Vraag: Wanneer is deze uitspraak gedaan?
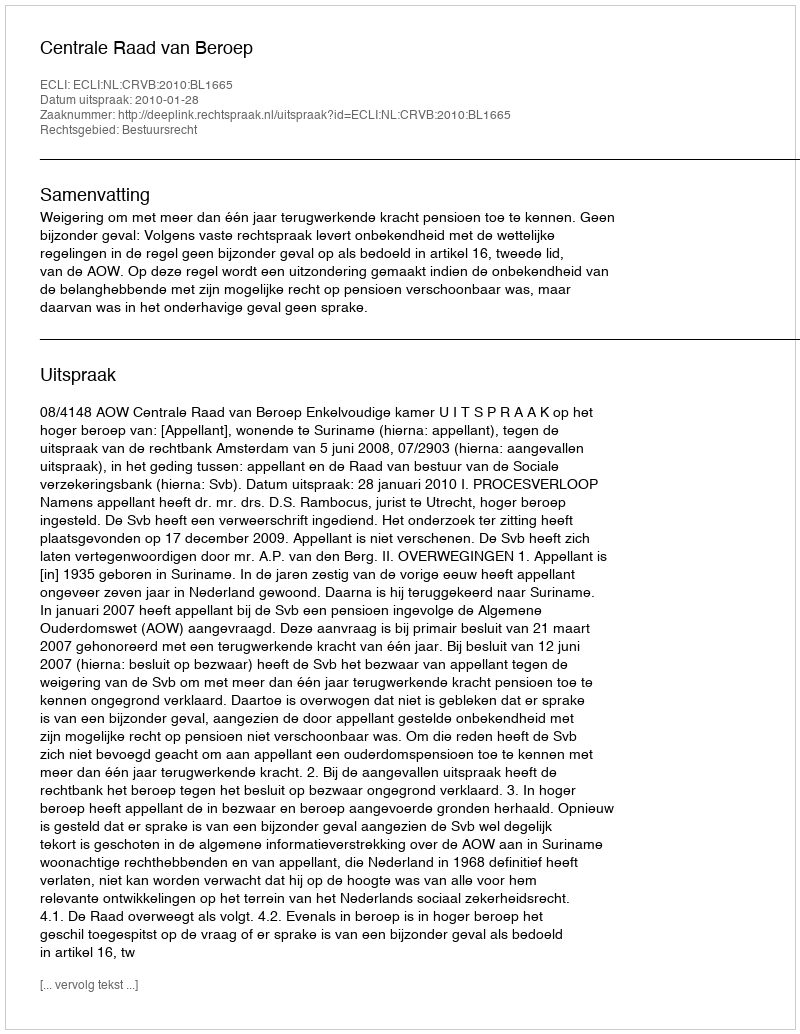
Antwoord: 2010-01-28